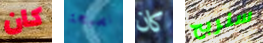
كان نصيحة كان سنربح